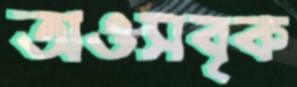
অওসবৃক